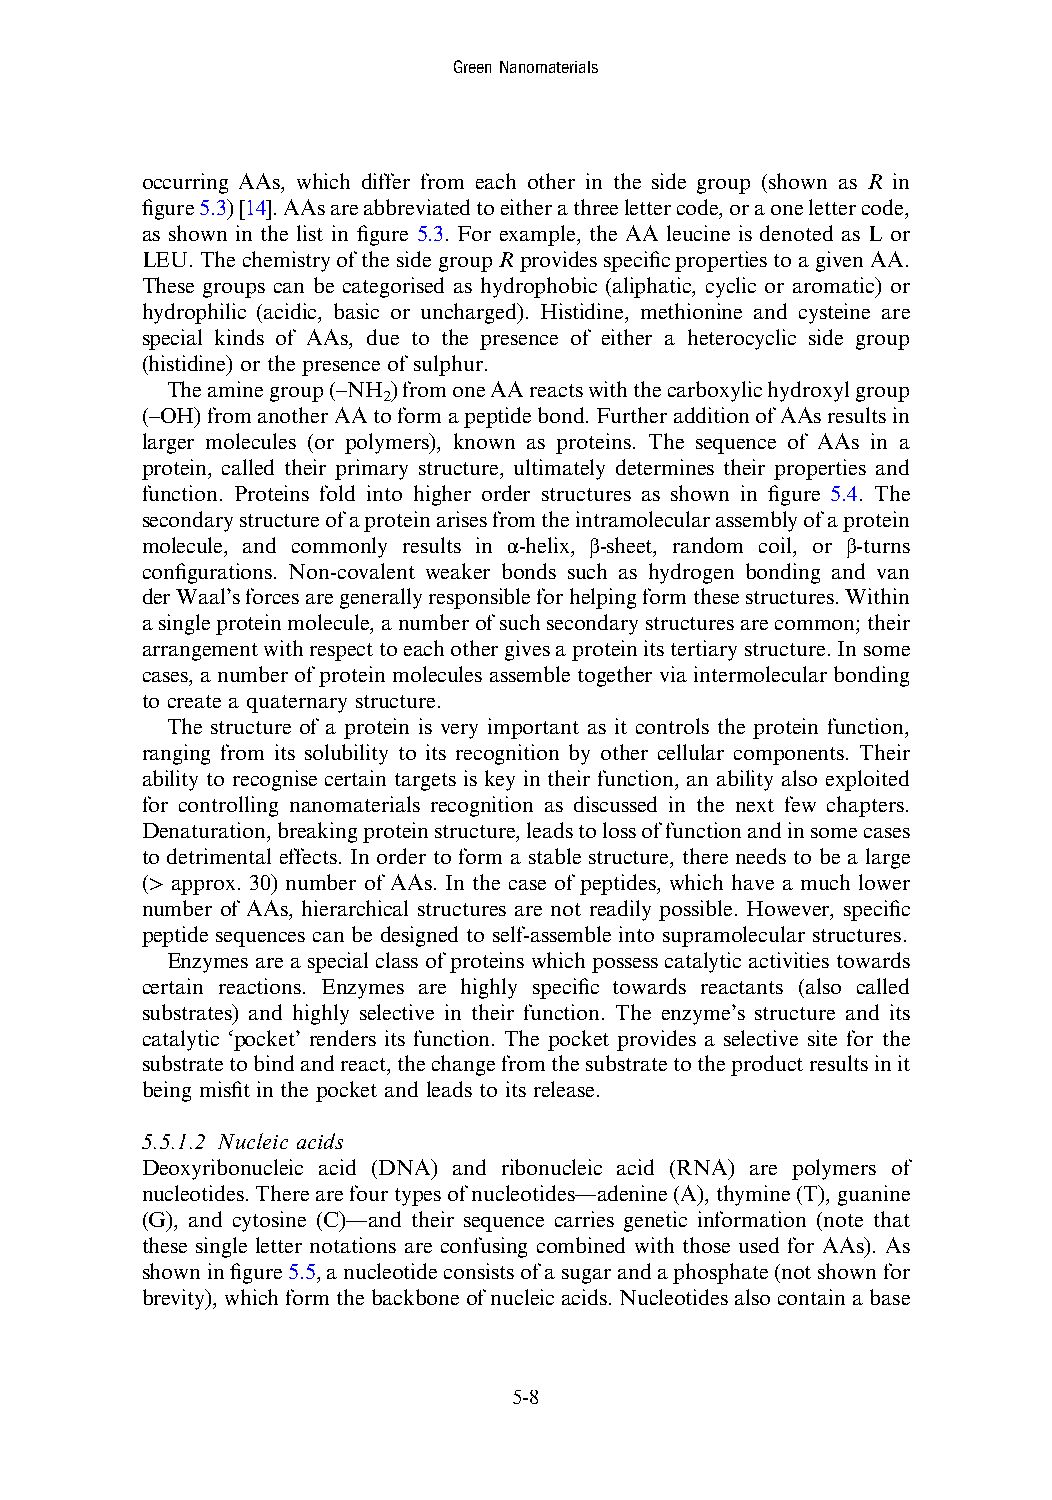
GreenNanomaterials
 occurring AAs, which differ from each other in the side group (shown as R in
 figure5.3)[14].AAsareabbreviatedtoeitherathreelettercode,oraonelettercode,
 as shown in the list in figure 5.3. For example, the AA leucine is denoted as L or
 LEU.ThechemistryofthesidegroupRprovidesspecificpropertiestoagivenAA.
 These groups can be categorised as hydrophobic (aliphatic, cyclic or aromatic) or
 hydrophilic (acidic, basic or uncharged). Histidine, methionine and cysteine are
 special kinds of AAs, due to the presence of either a heterocyclic side group
 (histidine) or the presence of sulphur.
 Theaminegroup(–NH )fromoneAAreactswiththecarboxylichydroxylgroup
 2
 (–OH)fromanotherAAtoformapeptidebond.FurtheradditionofAAsresultsin
 larger molecules (or polymers), known as proteins. The sequence of AAs in a
 protein, called their primary structure, ultimately determines their properties and
 function. Proteins fold into higher order structures as shown in figure 5.4. The
 secondarystructureofaproteinarisesfromtheintramolecularassemblyofaprotein
 molecule, and commonly results in α-helix, β-sheet, random coil, or β-turns
 configurations. Non-covalent weaker bonds such as hydrogen bonding and van
 derWaal’sforcesaregenerallyresponsibleforhelpingformthesestructures.Within
 asingleproteinmolecule,anumberofsuchsecondarystructuresarecommon;their
 arrangementwithrespecttoeachothergivesaproteinitstertiarystructure.Insome
 cases, a number of protein molecules assemble together via intermolecular bonding
 to create a quaternary structure.
 The structure of a protein is very important as it controls the protein function,
 ranging from its solubility to its recognition by other cellular components. Their
 ability to recognise certain targets is key in their function, an ability also exploited
 for controlling nanomaterials recognition as discussed in the next few chapters.
 Denaturation,breakingproteinstructure,leadstolossoffunctionandinsomecases
 to detrimental effects. In order to form a stable structure, there needs to be a large
 (> approx. 30) number of AAs. In the case of peptides, which have a much lower
 number of AAs, hierarchical structures are not readily possible. However, specific
 peptide sequences can be designed to self-assemble into supramolecular structures.
 Enzymes are a special class of proteins which possess catalytic activities towards
 certain reactions. Enzymes are highly specific towards reactants (also called
 substrates) and highly selective in their function. The enzyme’s structure and its
 catalytic ‘pocket’ renders its function. The pocket provides a selective site for the
 substratetobindandreact,thechangefromthesubstratetotheproductresultsinit
 being misfit in the pocket and leads to its release.
 5.5.1.2 Nucleic acids
 Deoxyribonucleic acid (DNA) and ribonucleic acid (RNA) are polymers of
 nucleotides.Therearefourtypesofnucleotides—adenine(A),thymine(T),guanine
 (G), and cytosine (C)—and their sequence carries genetic information (note that
 these single letter notations are confusing combined with those used for AAs). As
 showninfigure5.5,anucleotideconsistsofasugarandaphosphate(notshownfor
 brevity),whichformthebackboneofnucleicacids.Nucleotidesalsocontainabase
 5-8